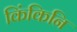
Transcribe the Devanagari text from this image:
किंकिनि